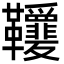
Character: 𩎋